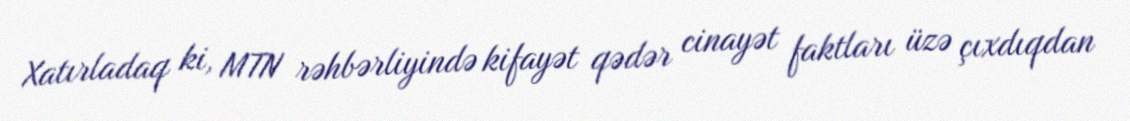
Xatırladaq ki, MTN rəhbərliyində kifayət qədər cinayət faktları üzə çıxdıqdan